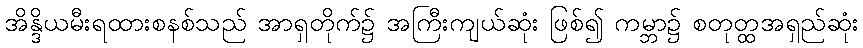
အိန္ဒိယမီးရထားစနစ်သည် အာရှတိုက်၌ အကြီးကျယ်ဆုံး ဖြစ်၍ ကမ္ဘာ၌ စတုတ္ထအရှည်ဆုံး